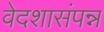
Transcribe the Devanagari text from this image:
वेदशासंपन्न